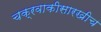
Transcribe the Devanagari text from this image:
चक्रवाकीसारखीच